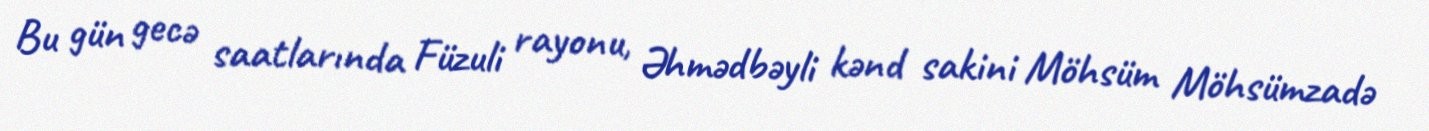
Bu gün gecə saatlarında Füzuli rayonu, Əhmədbəyli kənd sakini Möhsüm Möhsümzadə